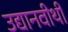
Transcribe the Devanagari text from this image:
उद्यानवीथी